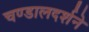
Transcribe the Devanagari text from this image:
चण्डालदर्शने